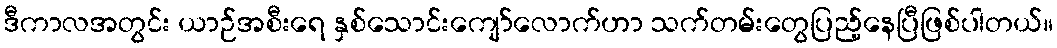
ဒီကာလအတွင်း ယာဉ်အစီးရေ နှစ်သောင်းကျော်လောက်ဟာ သက်တမ်းတွေပြည့်နေပြီဖြစ်ပါတယ်။